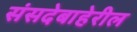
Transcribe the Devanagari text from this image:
संसदेबाहेरील